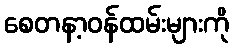
စေတနာ့ဝန်ထမ်းများကို